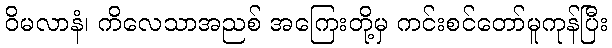
ဝိမလာနံ၊ ကိလေသာအညစ် အကြေးတို့မှ ကင်းစင်တော်မူကုန်ပြီး